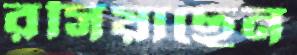
রসিয়াছেন